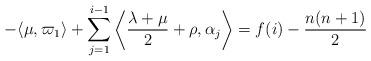
LaTeX: \begin{align*} -\langle\mu,\varpi_1\rangle+\sum_{j=1}^{i-1}\left\langle\frac{\lambda+\mu}{2}+\rho,\alpha_j\right\rangle = f(i)-\frac{n(n+1)}{2} \end{align*}